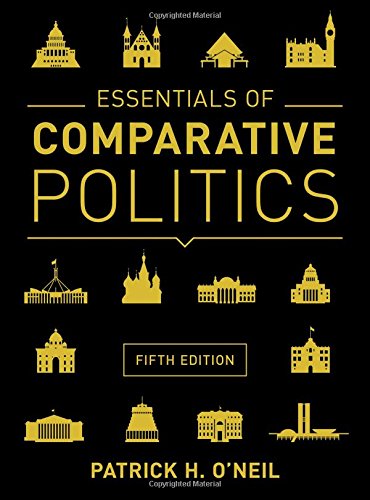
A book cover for Essentials of Comparative Politics (Fifth Edition); Patrick H. O'Neil; Law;